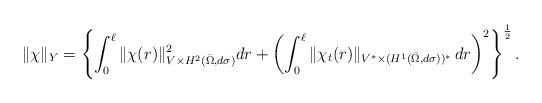
LaTeX: \begin{align*}\|\chi\|_Y=\left\{\int_0^\ell\|\chi(r)\|_{V\times H^2(\bar{\Omega},d\sigma)}^2dr+\left(\int_0^\ell\|\chi_t(r)\|_{V^*\times (H^1(\bar{\Omega},d\sigma))^*}\,dr\right)^2\right\}^{\frac{1}{2}}.\end{align*}